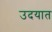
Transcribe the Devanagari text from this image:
उदयात